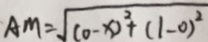
A M = \sqrt { ( 0 - x ) ^ { 2 } + ( 1 - 0 ) ^ { 2 } }